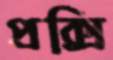
প্রক্সি